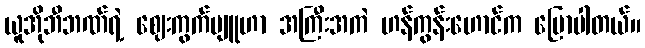
ယူအိုဘီဘဏ်ရဲ့ ဈေးကွက်ဗျူဟာ အကြီးအကဲ ဟန်ကွန်းဟောင်က ပြောပါတယ်။